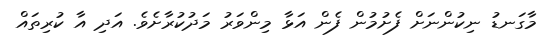
މާގަނޑު ނިކުންނަށް ފެށުމުން ފެން އަޅާ މިންވަރު މަދުކުރާށެވެ. އަދި އާ ކުރިތައް